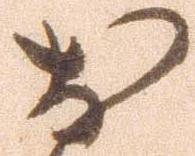
お